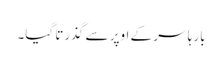
بارہا سر کے اوپر سے گذرتا گیا۔